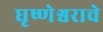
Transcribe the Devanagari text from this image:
घृष्णेश्वराचे